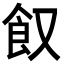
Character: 𩚄